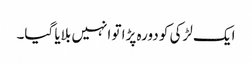
ایک لڑکی کو دورہ پڑا تو انہیں بلایا گیا۔